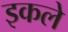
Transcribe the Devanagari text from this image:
इकले